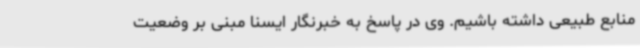
منابع طبیعی داشته باشیم. وی در پاسخ به خبرنگار ایسنا مبنی بر وضعیت